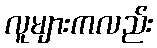
လူများကလည်း